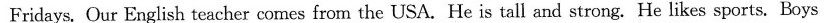
Fridays. Our English teacher comes from the USA. He is tall and strong. He likes sports. Boys